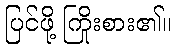
ပြင်ဖို့ ကြိုးစား၏။